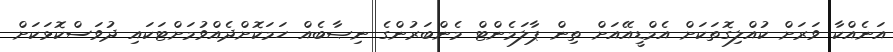
އަނެއްކާ ވަރަށް ކުއްލިގޮތަކަށް އެމްޑީއޭއަށް ތިން ޕާލަމެންޓް މެންބަރުންގެ ނިޞާބެއް ހަމަކޮށްދެއްވުމަށްޓަކައި ދުވަސްކޮޅަކަށް